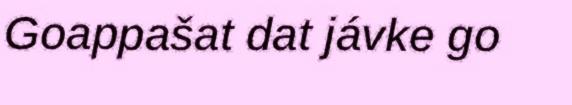
Goappašat dat jávke go